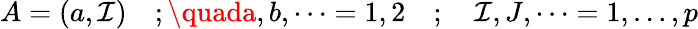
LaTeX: A=(a,\mathcal{I})\quad;\quada,b,\dots=1,2\quad;\quad\mathcal{I},J,\dots=1,\dots,p